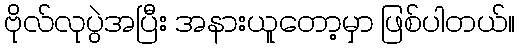
ဗိုလ်လုပွဲအပြီး အနားယူတော့မှာ ဖြစ်ပါတယ်။